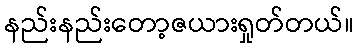
နည်းနည်းတော့ဇယားရှုတ်တယ်။